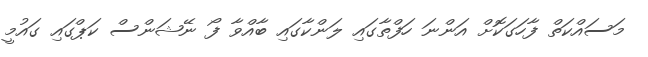
މަސައްކަތް ފާހަގަކޮށް އަންނަ ހަފްތާގައި ލަންކާގައި ބާއްވާ ފޯ ނޭޝަންސް ކަޕްގައި ގައުމީ